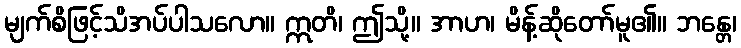
မျက်စိဖြင့်သိအပ်ပါသလော။ ဣတိ၊ ဤသို့။ အာဟ၊ မိန့်ဆိုတော်မူ၏။ ဘန္တေ၊